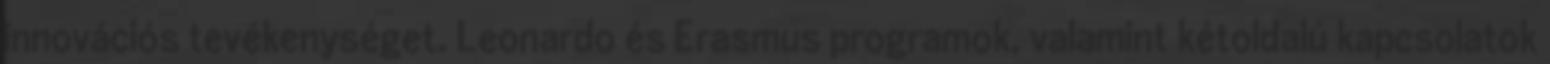
innovációs tevékenységet. Leonardo és Erasmus programok, valamint kétoldalú kapcsolatok